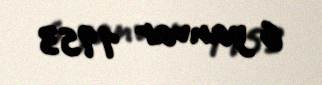
6 yanvar 1953